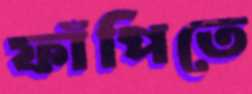
ফাঁপিতে